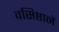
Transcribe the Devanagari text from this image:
वसिष्ठानें